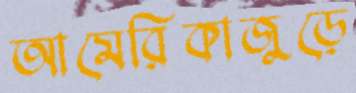
আমেরিকাজুড়ে